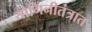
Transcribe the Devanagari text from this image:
योगिनीतंत्रात